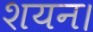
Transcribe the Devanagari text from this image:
शयन।